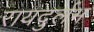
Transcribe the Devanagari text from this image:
रायदुर्लभ